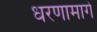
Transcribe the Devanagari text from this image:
धरणामागे